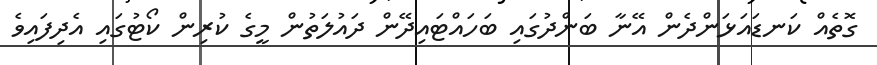
ގޮތެއް ކަނޑައަޅަންދެން އޭނާ ބަންދުގައި ބަހައްޓައިދޭން ދައުލަތުން މީގެ ކުރިން ކޯޓުގައި އެދިފައިވެ